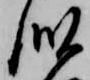
似